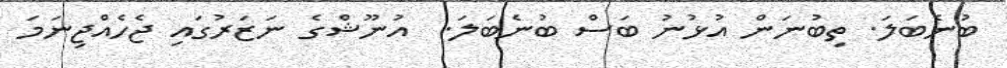
ބުނެބަލަ. ތިބުނަން އުޅުނު ބަސް ބުނެބަލަ.  އުނޫޝްގެ ނަޒަރުގައި ޖެހެއްޖިނަމަ